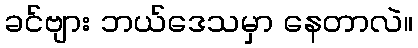
ခင်ဗျား ဘယ်ဒေသမှာ နေတာလဲ။